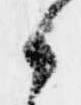
候